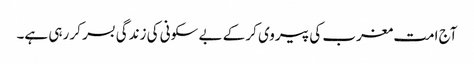
آج امت مغرب کی پیروی کر کے بے سکونی کی زندگی بسر کر رہی ہے۔